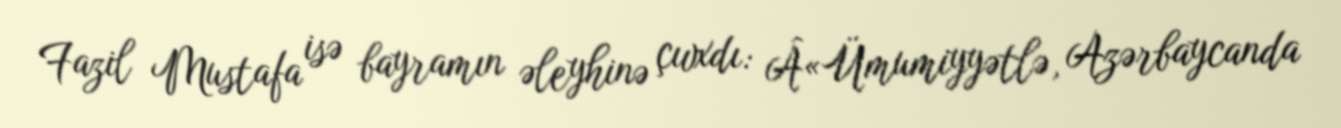
Fazil Mustafa isə bayramın əleyhinə çıvxdı: Â«Ümumiyyətlə, Azərbaycanda